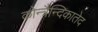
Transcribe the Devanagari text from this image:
कोन्त्रैन्दिकातेद